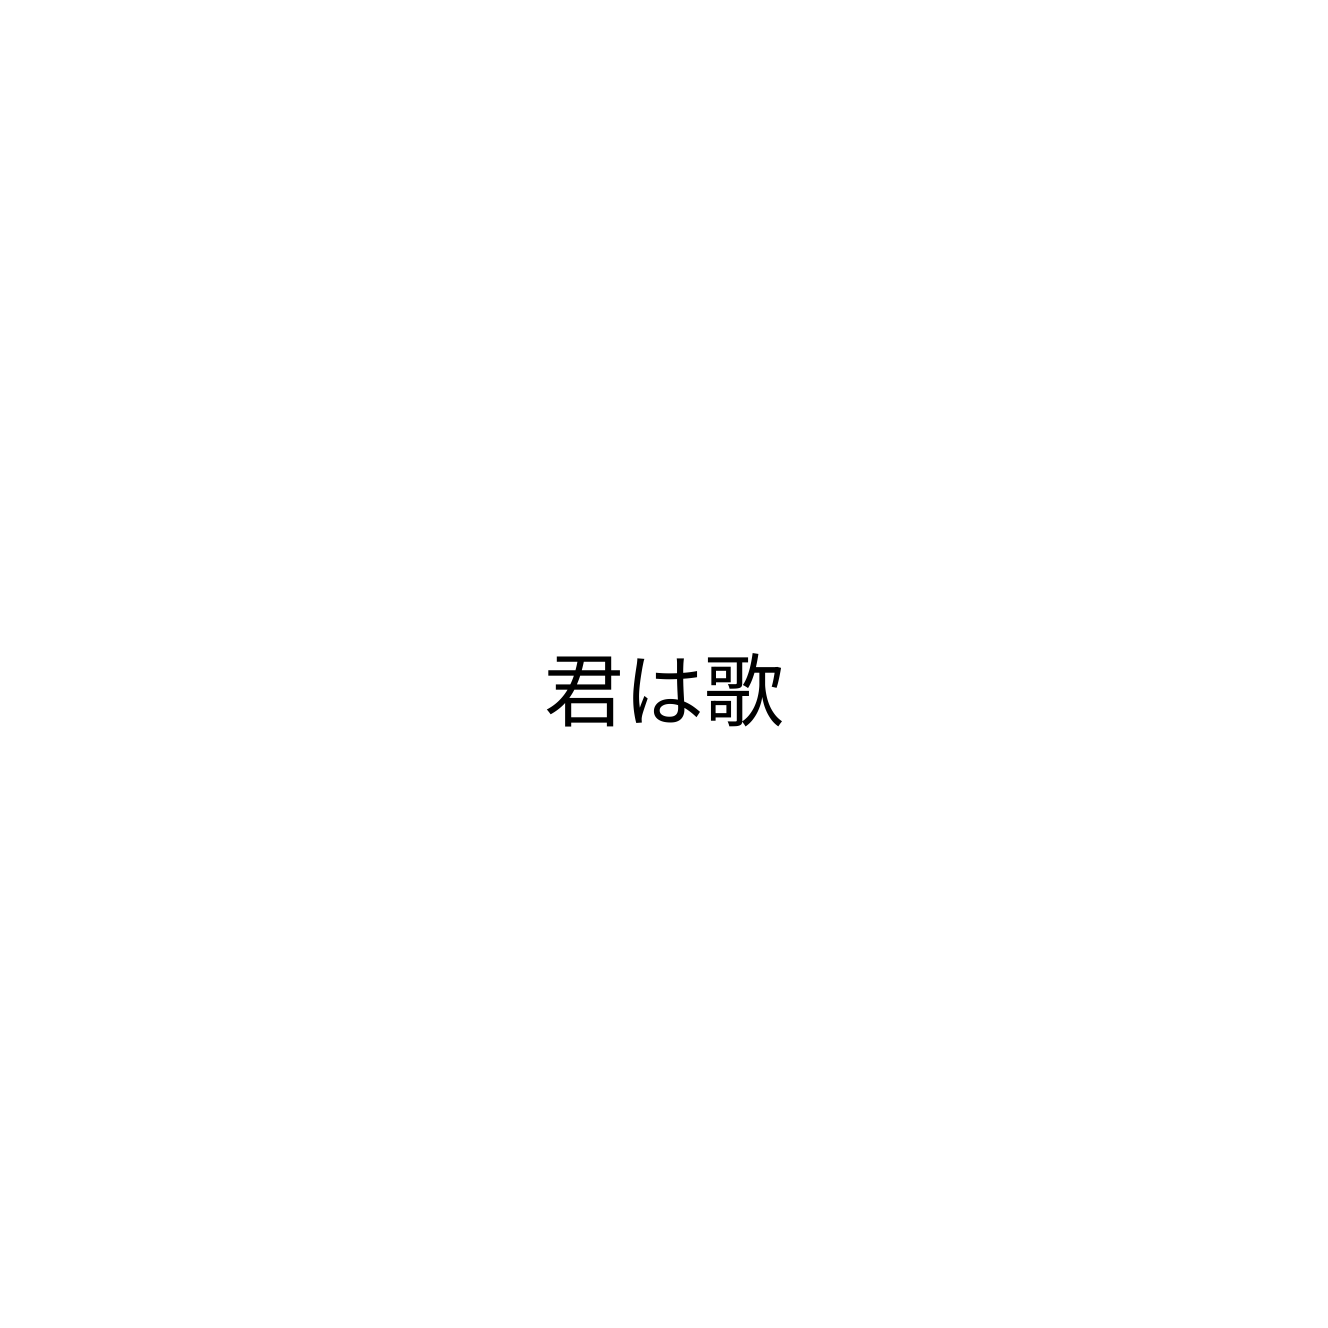
君は歌